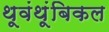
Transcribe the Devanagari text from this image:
थूवंथूंबिकल